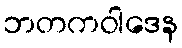
ဘတကဝါဒေန